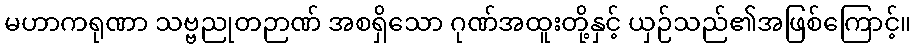
မဟာကရုဏာ သဗ္ဗညုတဉာဏ် အစရှိသော ဂုဏ်အထူးတို့နှင့် ယှဉ်သည်၏အဖြစ်ကြောင့်။